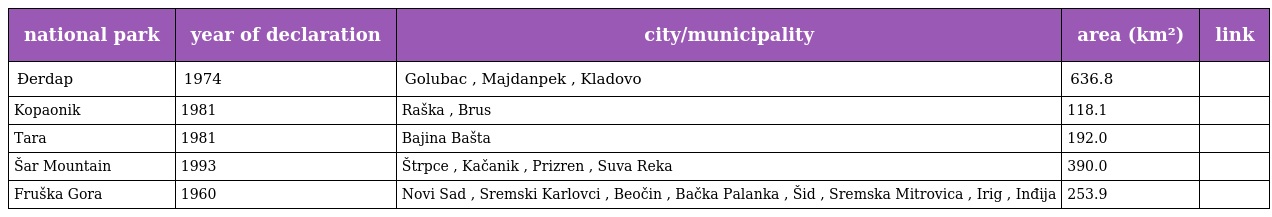
| national park | year of declaration | city/municipality | area (km²) | link |
 | --- | --- | --- | --- | --- |
 | Đerdap | 1974 | Golubac , Majdanpek , Kladovo | 636.8 |  |
 | Kopaonik | 1981 | Raška , Brus | 118.1 |  |
 | Tara | 1981 | Bajina Bašta | 192.0 |  |
 | Šar Mountain | 1993 | Štrpce , Kačanik , Prizren , Suva Reka | 390.0 |  |
 | Fruška Gora | 1960 | Novi Sad , Sremski Karlovci , Beočin , Bačka Palanka , Šid , Sremska Mitrovica , Irig , Inđija | 253.9 |  |